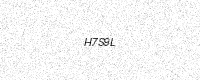
Text: H7S9L